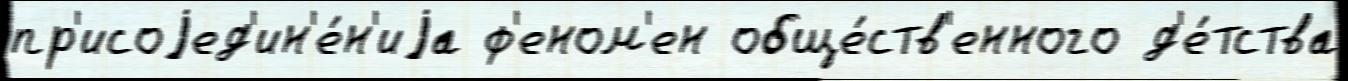
пр'исоjед'ин'е́н'иjа ф'еном'ен обще́ств'енного д'е́тства